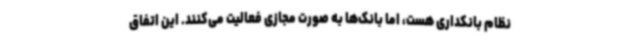
نظام بانکداری هست، اما بانک‌ها به صورت مجازی فعالیت می‌کنند. این اتفاق